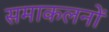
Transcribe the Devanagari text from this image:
समाकलनों